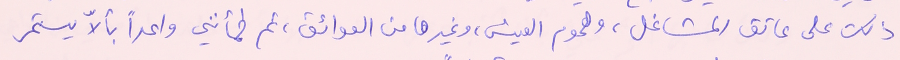
ذلك على عاتق المشاغل، وهموم العيش، وغيرها من العوائق، ثم طمأنني واعداً بألاّ يستمر